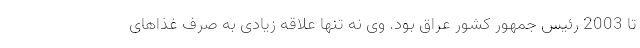
تا 2003 رئیس جمهور کشور عراق بود. وی نه تنها علاقه زیادی به صرف غذاهای